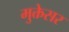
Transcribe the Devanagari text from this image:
मुक्तेसर